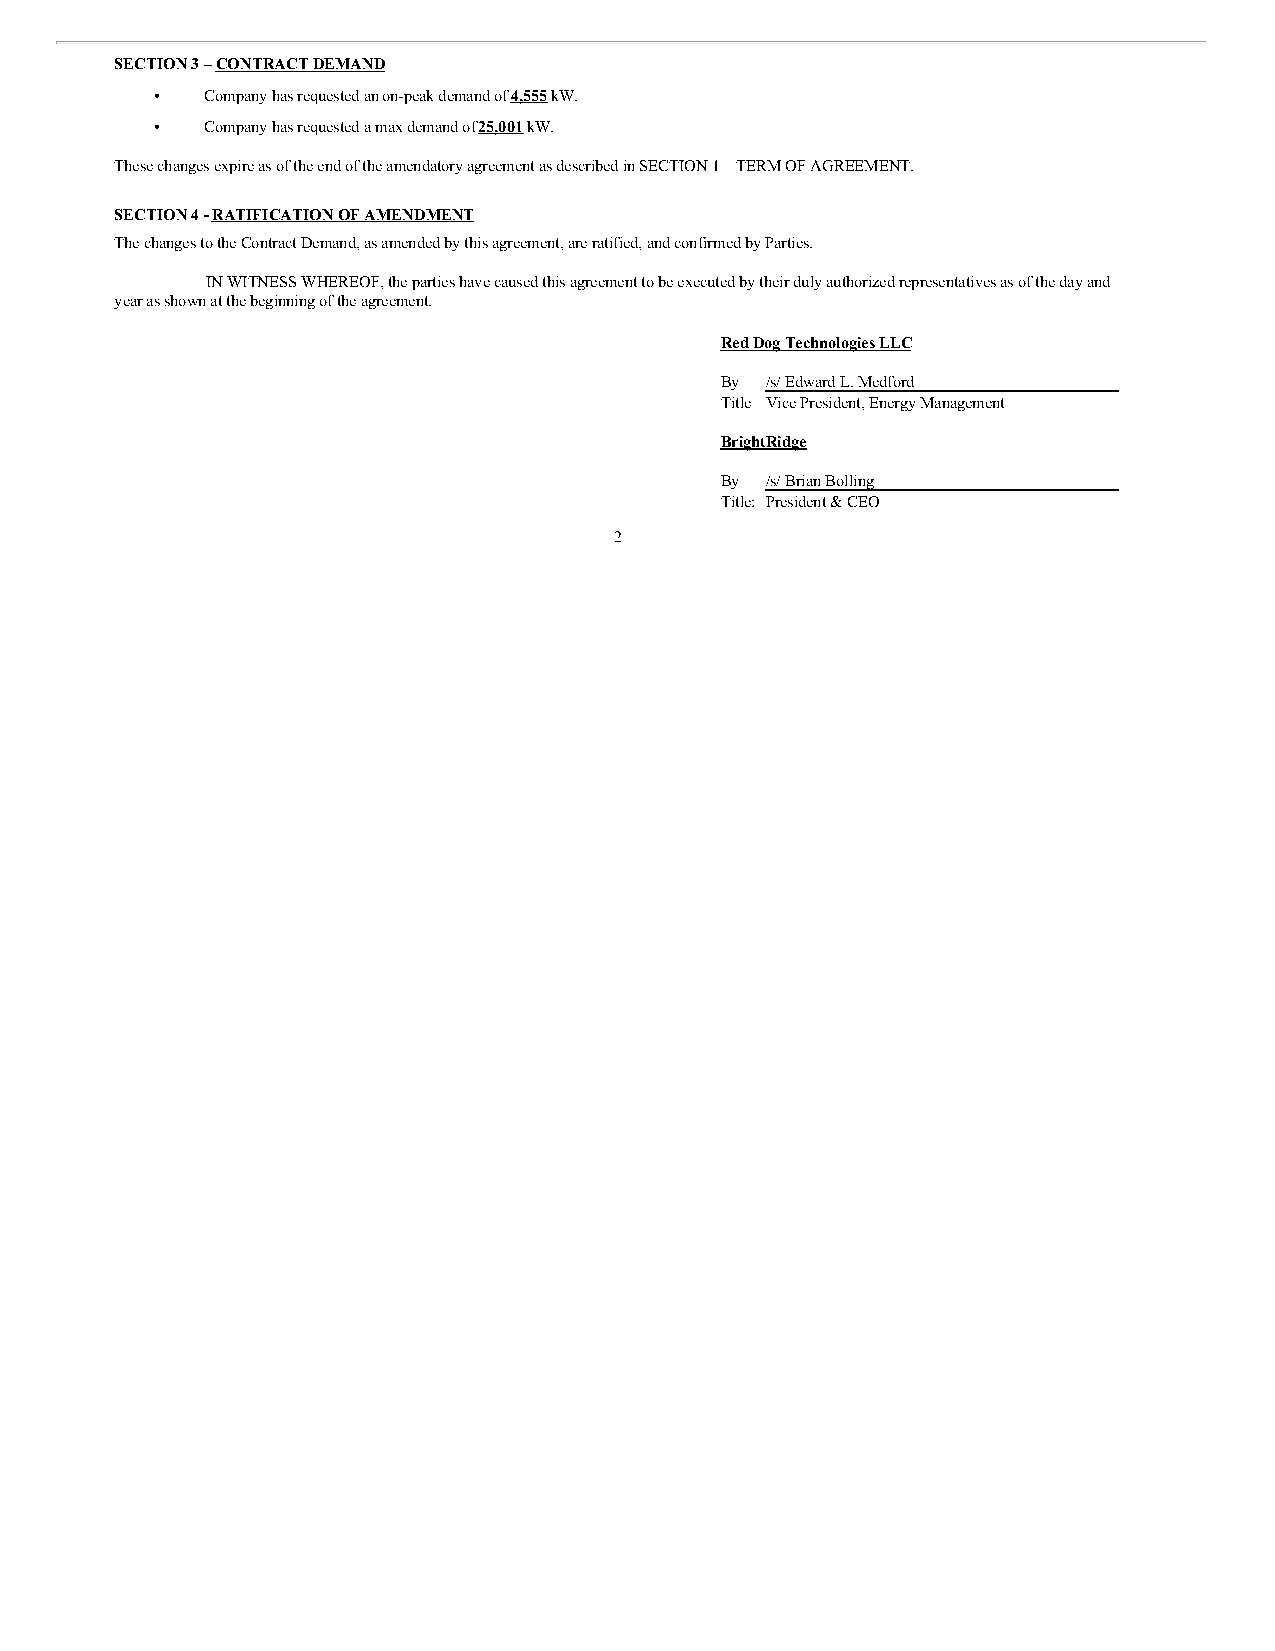
SECTION 3 – CONTRACT DEMAND
 •   Company has requested an on-peak demand of 4,555 kW.
 •   Company has requested a max demand of 25,001 kW.
 These changes expire as of the end of the amendatory agreement as described in SECTION 1 – TERM OF AGREEMENT.
 SECTION 4 - RATIFICATION OF AMENDMENT
 The changes to the Contract Demand, as amended by this agreement, are ratified, and confirmed by Parties.
 IN WITNESS WHEREOF, the parties have caused this agreement to be executed by their duly authorized representatives as of the day and
 year as shown at the beginning of the agreement.
 Red Dog Technologies LLC
 By /s/ Edward L. Medford
 Title Vice President, Energy Management
 BrightRidge
 By /s/ Brian Bolling
 Title: President & CEO
 2